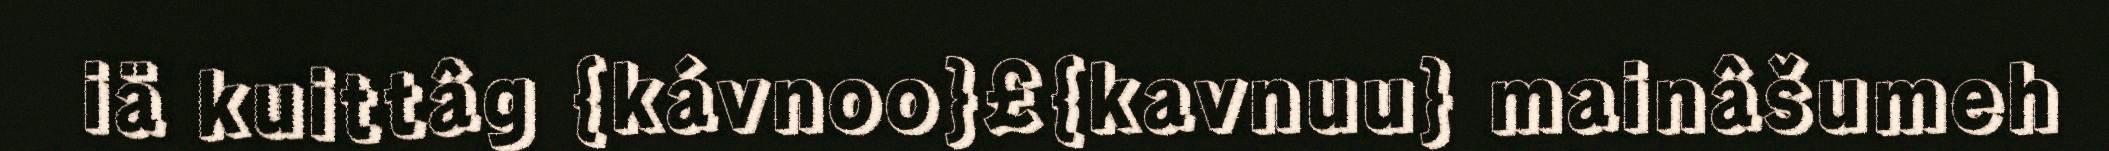
iä kuittâg {kávnoo}£{kavnuu} mainâšumeh